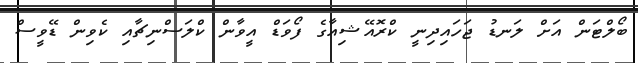
ބޯލްޓަން އަށް ލަނޑު ޖަހައިދިނީ ކްރޮއޭޝިއާގެ ފޯވަޑް އީވާން ކްލަސްނިޗާއި ކެވިން ޑޭވީސް